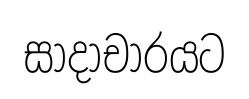
සාදාචාරයට